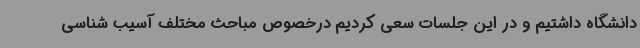
دانشگاه داشتیم و در این جلسات سعی کردیم درخصوص مباحث مختلف آسیب شناسی